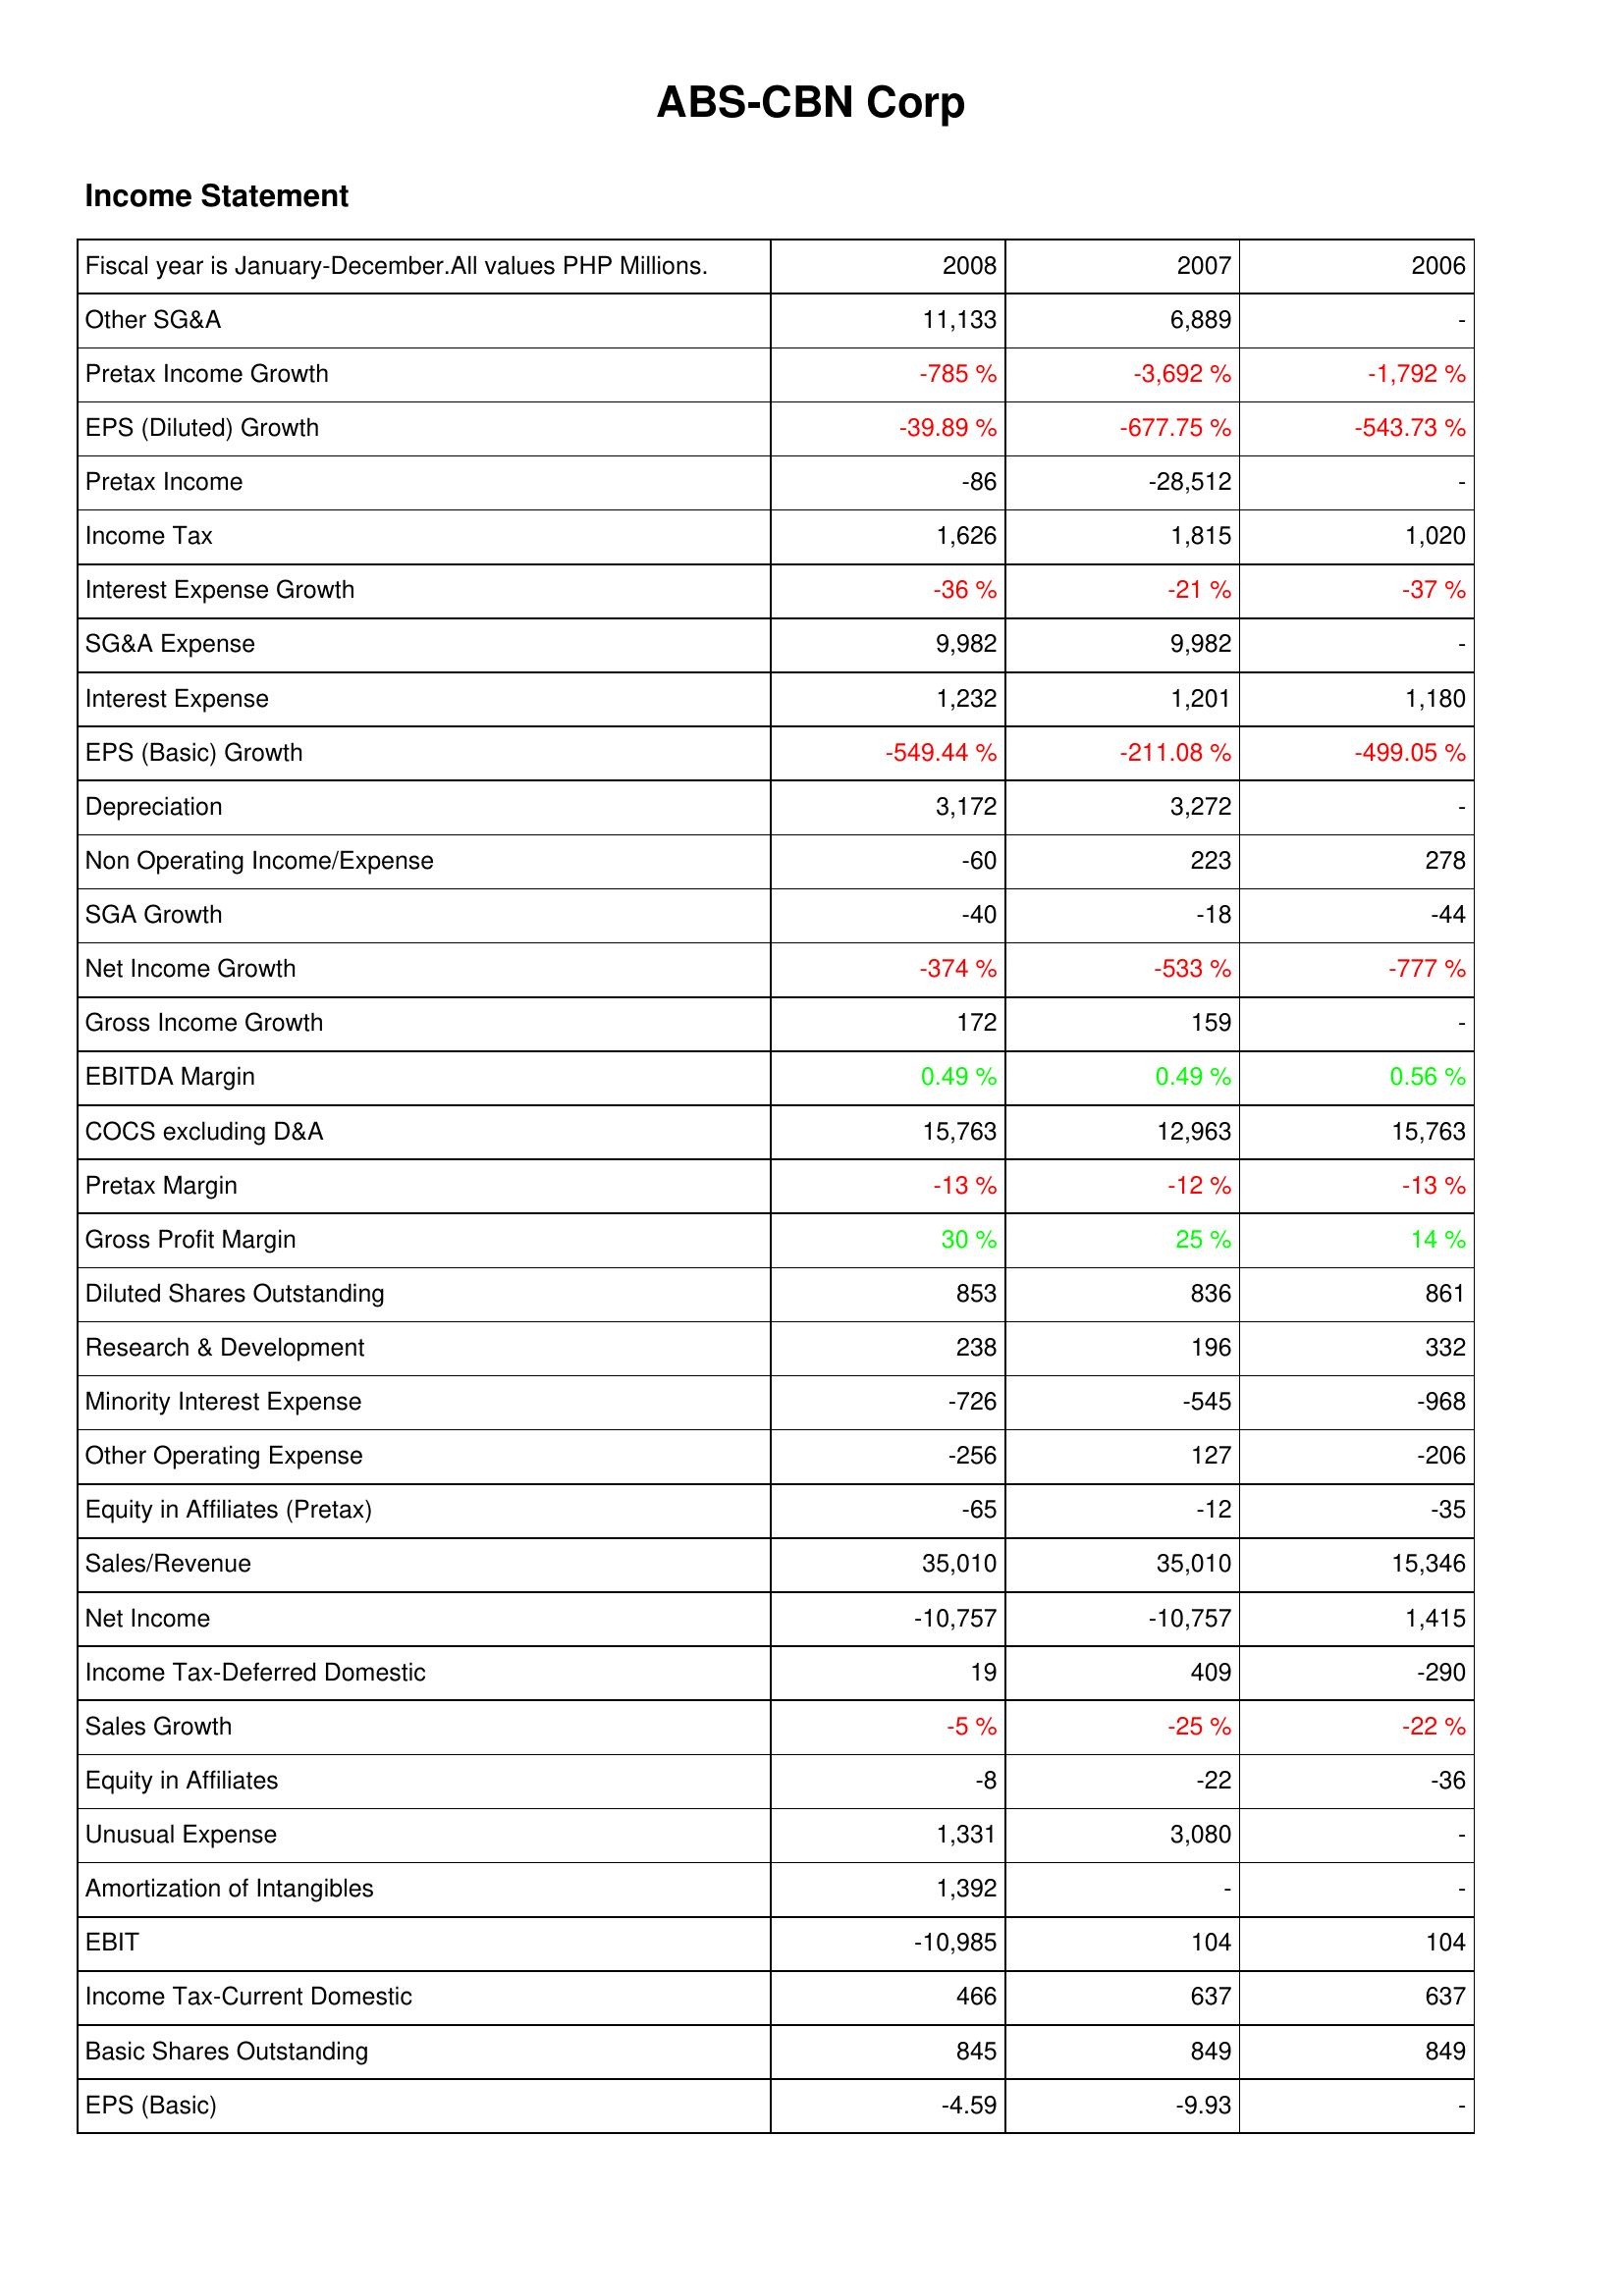
2008: Income Statement: Other SG&A: 11,133
Pretax Income Growth: -785 %
EPS (Diluted) Growth: -39.89 %
Pretax Income: -86
Income Tax: 1,626
Interest Expense Growth: -36 %
SG&A Expense: 9,982
Interest Expense: 1,232
EPS (Basic) Growth: -549.44 %
Depreciation: 3,172
Non Operating Income/Expense: -60
SGA Growth: -40
Net Income Growth: -374 %
Gross Income Growth: 172
EBITDA Margin: 0.49 %
COCS excluding D&A: 15,763
Pretax Margin: -13 %
Gross Profit Margin: 30 %
Diluted Shares Outstanding: 853
Research & Development: 238
Minority Interest Expense: -726
Other Operating Expense: -256
Equity in Affiliates (Pretax): -65
Sales/Revenue: 35,010
Net Income: -10,757
Income Tax-Deferred Domestic: 19
Sales Growth: -5 %
Equity in Affiliates: -8
Unusual Expense: 1,331
Amortization of Intangibles: 1,392
EBIT: -10,985
Income Tax-Current Domestic: 466
Basic Shares Outstanding: 845
EPS (Basic): -4.59
2007: Income Statement: Other SG&A: 6,889
Pretax Income Growth: -3,692 %
EPS (Diluted) Growth: -677.75 %
Pretax Income: -28,512
Income Tax: 1,815
Interest Expense Growth: -21 %
SG&A Expense: 9,982
Interest Expense: 1,201
EPS (Basic) Growth: -211.08 %
Depreciation: 3,272
Non Operating Income/Expense: 223
SGA Growth: -18
Net Income Growth: -533 %
Gross Income Growth: 159
EBITDA Margin: 0.49 %
COCS excluding D&A: 12,963
Pretax Margin: -12 %
Gross Profit Margin: 25 %
Diluted Shares Outstanding: 836
Research & Development: 196
Minority Interest Expense: -545
Other Operating Expense: 127
Equity in Affiliates (Pretax): -12
Sales/Revenue: 35,010
Net Income: -10,757
Income Tax-Deferred Domestic: 409
Sales Growth: -25 %
Equity in Affiliates: -22
Unusual Expense: 3,080
Amortization of Intangibles: -
EBIT: 104
Income Tax-Current Domestic: 637
Basic Shares Outstanding: 849
EPS (Basic): -9.93
2006: Income Statement: Other SG&A: -
Pretax Income Growth: -1,792 %
EPS (Diluted) Growth: -543.73 %
Pretax Income: -
Income Tax: 1,020
Interest Expense Growth: -37 %
SG&A Expense: -
Interest Expense: 1,180
EPS (Basic) Growth: -499.05 %
Depreciation: -
Non Operating Income/Expense: 278
SGA Growth: -44
Net Income Growth: -777 %
Gross Income Growth: -
EBITDA Margin: 0.56 %
COCS excluding D&A: 15,763
Pretax Margin: -13 %
Gross Profit Margin: 14 %
Diluted Shares Outstanding: 861
Research & Development: 332
Minority Interest Expense: -968
Other Operating Expense: -206
Equity in Affiliates (Pretax): -35
Sales/Revenue: 15,346
Net Income: 1,415
Income Tax-Deferred Domestic: -290
Sales Growth: -22 %
Equity in Affiliates: -36
Unusual Expense: -
Amortization of Intangibles: -
EBIT: 104
Income Tax-Current Domestic: 637
Basic Shares Outstanding: 849
EPS (Basic): -